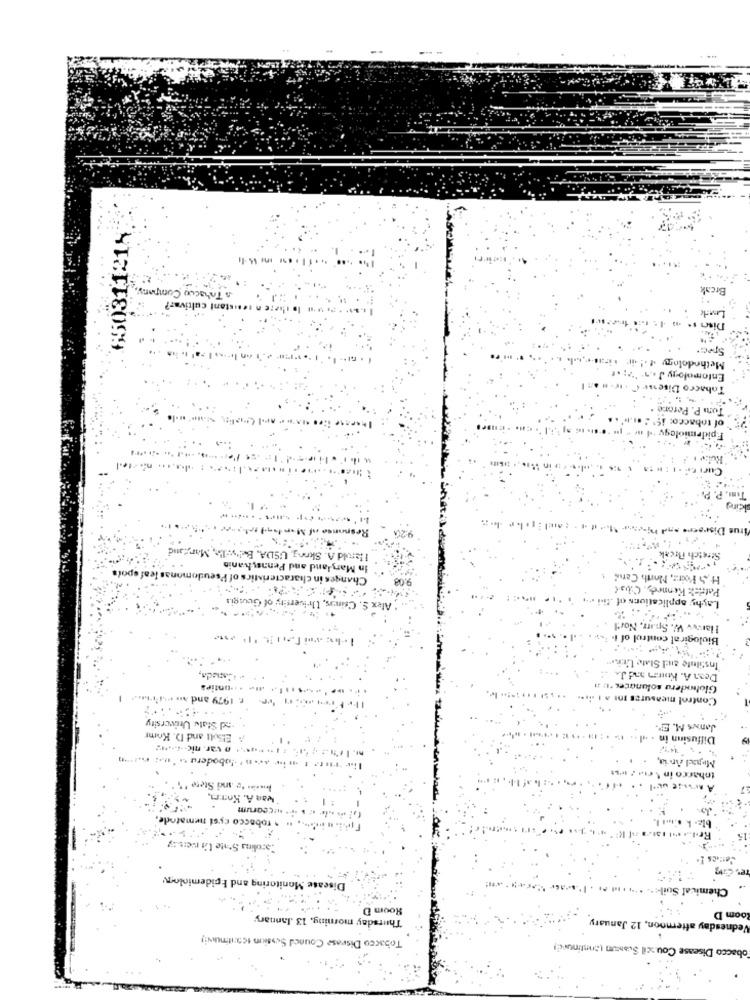
650311218
& Tabacco Company,
Break
istant cultiva ??
Methodolon
Entomolo ry
Irus Disease and Pi-en-a- 1 .- it .
USDA, Bely:l'e, Maryand
Stretch Freak
I larld
's of Pseudomonas leaf spois
Penasyhanio
in Mar
9:08
HS Poirer, North Cant
Patrick Kennedy, Cibal
Alex
Layhy applications of tii .
Ilanew W. Spaarr, Nor !!
Biological control of I
Institute and Stat
Canada,
... untips
Glohaderu solanaces *!: Al
r. 1979 and an exi'the ..
Control measures 101 a 1 air*
xd State University
Ebolt and D. Komnr
Diffusin
... ..... 0 var. nic -.....
want A. Korri,
N.ccorum
pacco cysi nematode
Carolina State Uht ruemszy
Disease Monitoring and Epidemiology
Chemic
Room D
Thursday morning, 13 .Jannary
esday afternoon, 12 January
oom D
edn
Tobacco Disease Couned Session scontinuing
obacco Disease Council Suasum (continued)